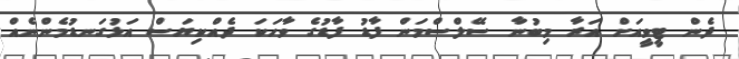
ދެން ޓީވީއަށް އަރާ މިބުނާ ސޭލްސްމަން ފާޑު ފާޑުގެ ވާހަކަ ދެއްކިޔަސް އަޅުގަނޑުމެންނެއް